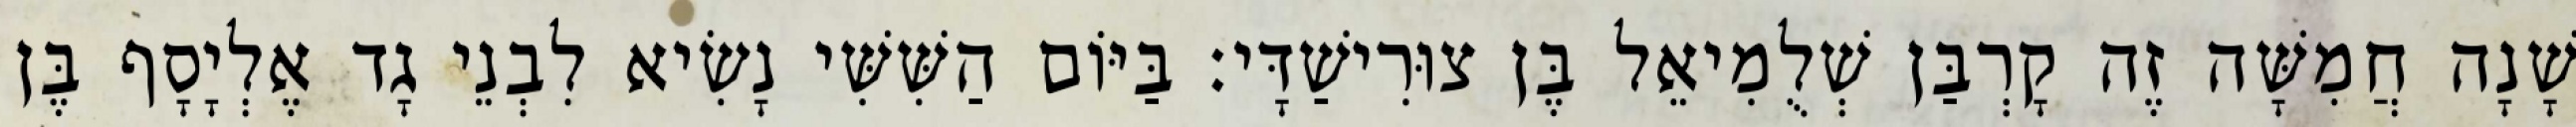
שָׁנָה חֲמִשָּׁה זֶה קָרְבַּן שְׁלֻמִיאֵל בֶּן צוּרִישַׁדָּי׃ בַּיּוֹם הַשִּׁשִּׁי נָשִׂיא לִבְנֵי גָד אֶלְיָסָף בֶּן